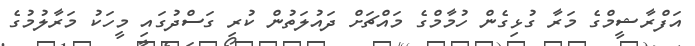
އަފްރާޝީމްގެ މަރާ ގުޅިގެން ހުމާމްގެ މައްޗަށް ދައުލަތުން ކުރި ގަސްދުގައި މީހަކު މަރާލުމުގެ